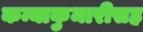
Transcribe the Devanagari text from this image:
कन्याकुमारीसह